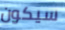
سيكون